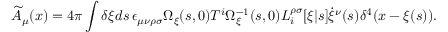
\widetilde { A } _ { \mu } ( x ) = 4 \pi \int \delta \xi d s \, \epsilon _ { \mu \nu \rho \sigma } { \Omega } _ { \xi } ( s , 0 ) T ^ { i } { \Omega } _ { \xi } ^ { - 1 } ( s , 0 ) L _ { i } ^ { \rho \sigma } [ \xi | s ] \dot { \xi } ^ { \nu } ( s ) \delta ^ { 4 } ( x - \xi ( s ) ) .